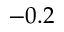
- 0 . 2